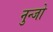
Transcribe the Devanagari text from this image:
नुन्जो